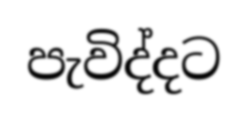
පැවිද්දට